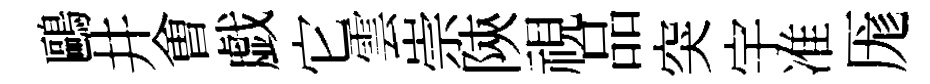
鷗井㑹戯它雲崇陝視品突宇准厖